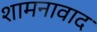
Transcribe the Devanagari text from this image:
शामनावाद